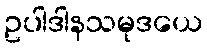
ဥပါဒါနသမုဒယေ